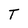
Character: T